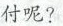
付呢？